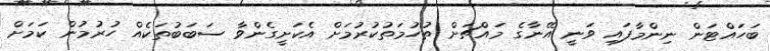
ބަހައްޓަން ނިންމާފައި ވަނީ އޭނާގެ މައްޗަށް ތުހުމަތުކުރުމަށް އެކަށީގެންވާ ސަބަބުތަކެއް ހުރުމުން ކަމަށް